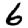
Digit: 6